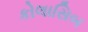
કોલાસિબ